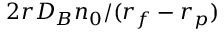
2 r D _ { B } n _ { 0 } / ( r _ { f } - r _ { p } )